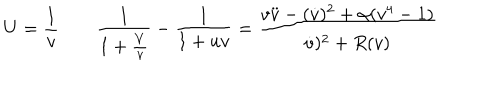
U = { \frac { 1 } { v } } \qquad { \frac { 1 } { 1 + { \frac { V } { v } } } } - { \frac { 1 } { 1 + u v } } = \frac { v \ddot { v } - ( \dot { v } ) ^ { 2 } + \alpha ( v ^ { 4 } - 1 ) } { \dot { v } ) ^ { 2 } + R ( v ) }